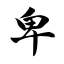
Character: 卑